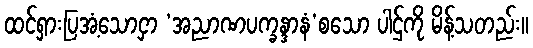
ထင်ရှားပြအံ့သောငှာ ‘အညာဏပက္ခန္ဒာနံ’စသော ပါဌ်ကို မိန့်သတည်း။